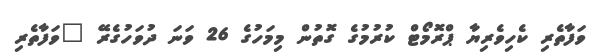
ވަފާތެރި ކެހިވެރިޔާ ޕްރޮމޯޓް ކުރުމުގެ ގޮތުން މިމަހުގެ 26 ވަނަ ދުވަހުގެރޭ "ވަފާތެރި